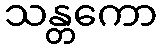
သန္တကော